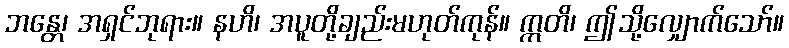
ဘန္တေ၊ အရှင်ဘုရား။ နဟိ၊ အပူတို့ချည်းမဟုတ်ကုန်။ ဣတိ၊ ဤသို့လျှောက်သော်။